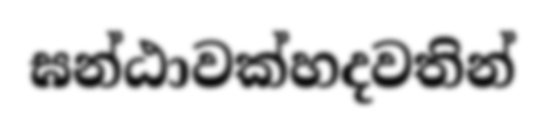
ඝන්ඨාවක්හදවතින්